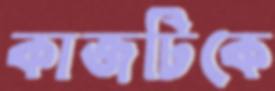
কাজটিকে